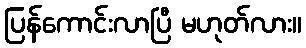
ပြန်ကောင်းလာပြီ မဟုတ်လား။